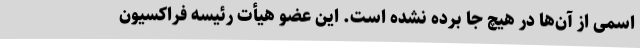
اسمی از آن‌ها در هیچ جا برده نشده است. این عضو هیأت رئیسه فراکسیون